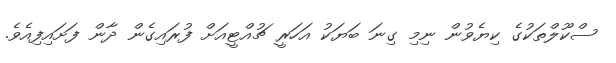
ސްކޫލްތަކުގެ ކިޔެވުން ނިމި ގިނަ ބަޔަކު އަހަރީ ޗުއްޓީއަށް ފުރައިގެން ދާން ފަށައިފިއެވެ.